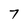
Character: 7